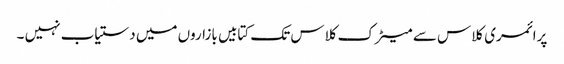
پرائمری کلاس سے میٹرک کلاس تک کتابیں بازاروں میں دستیاب نہیں ۔